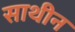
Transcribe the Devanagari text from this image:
साथीन